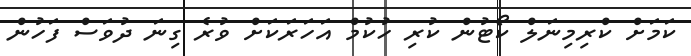
ކަމަށް ކްރިމިނަލް ކޯޓުން ކުރި ހުކުމް އަހަރަކަށް ވުރެ ގިނަ ދުވަސް ފަހުން